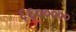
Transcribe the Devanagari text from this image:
६६०००००